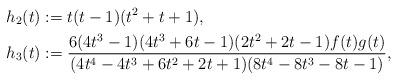
LaTeX: \begin{align*} h_2(t) &:= t(t-1)(t^2+t+1), \\ h_3(t) &:= \frac{6(4t^3-1)(4t^3+6t-1)(2t^2+2t-1)f(t)g(t)}{(4t^4-4t^3+6t^2+2t+1)(8t^4-8t^3-8t-1)}, \end{align*}